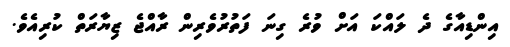
އިންޑިއާގެ ދެ ލައްކަ އަށް ވުރެ ގިނަ ފަތުރުވެރިން ރާއްޖެ ޒިޔާރަތް ކުރިއެވެ.